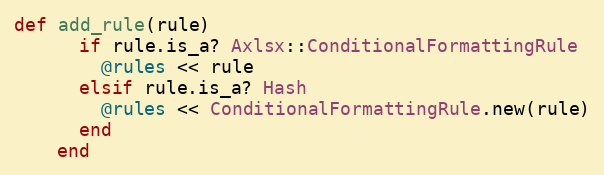
Language: Ruby
def add_rule(rule)
      if rule.is_a? Axlsx::ConditionalFormattingRule
        @rules << rule
      elsif rule.is_a? Hash
        @rules << ConditionalFormattingRule.new(rule)
      end
    end